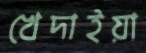
খেদাইয়া